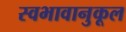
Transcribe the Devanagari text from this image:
स्वभावानुकूल